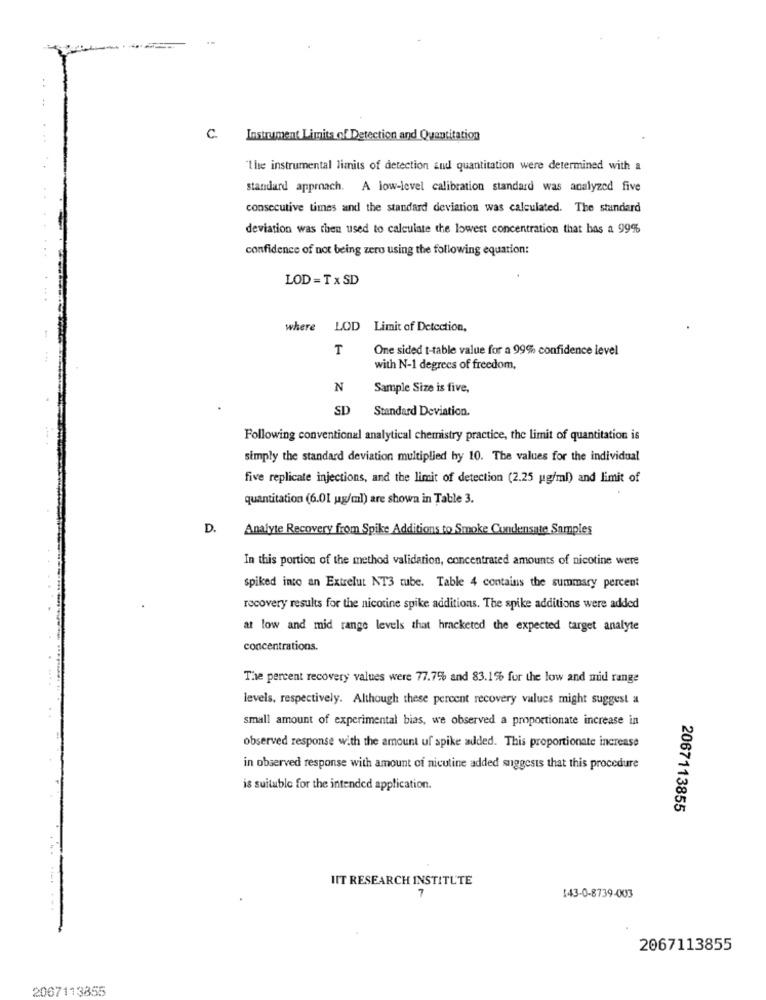
C. Instrument Limits of Detection and Quantitation
the instrumental limits of detection aud quantitation were determined with a
standard approach. A low-level calibration standard was analyzed five
consecutive times and the standard deviation was calculated. The standard
deviation was then used to calculate the lowest concentration that has a 99%
confidence of not being zero using the following equation:
LOD = T x SD
where LOD Limit of Detection,
T
One sided t-table value for a 99% confidence level
with N-1 degrees of freedom,
N
Sample Size is five,
SD Standard Deviation.
Following conventional analytical chemistry practice, the limit of quantitation is
simply the standard deviation multiplied by 10. The values for the individual
five replicate injections, and the limit of detection (2.25 ug/ml) and limit of
quantitation (6.01 ug/ml) are shown in Table 3.
D.
Analyte Recovery from Spike Additions to Smoke Condensate Samples
In this portion of the method validation, concentrated amounts of nicotine were
spiked into an Extrelut NT3 tube. Table 4 contains the summary percent
recovery results for the nicotine spike additions. The spike additions were added
at low and mid range levels that hracketed the expected target analyte
concentrations.
The percent recovery values were 77.7% and 83.1% for the low and mid range
levels, respectively. Although these percent recovery values might suggest a
small amount of experimental bias, we observed a proportionate increase in
observed response with the amount uf spike added. This proportionate increase
in observed response with amount of nicotine added suggests that this procedure
is suitable for the intended application.
2067113855
IIT RESEARCH INSTITUTE
7
143-0-8739-003
......
2067113855
2067113855